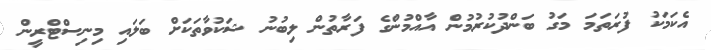
އެކަމަކު ފުރަތަމަ މަގު ބަންދުކުރުމުން އާއްމުންގެ ފަރާތުން ލިބުނު ޝަކުވާތަކަށް ބަލައި މިނިސްޓްރީން